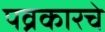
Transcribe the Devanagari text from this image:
पव्रकारचे